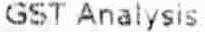
GST ANALYSIS